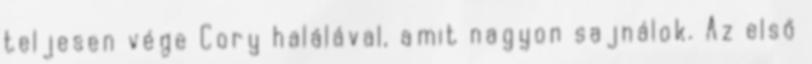
teljesen vége Cory halálával, amit nagyon sajnálok. Az első